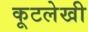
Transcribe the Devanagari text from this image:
कूटलेखी